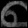
Digit: ၈